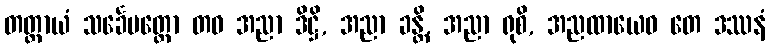
တတ္ထာယံ သင်္ခေပတ္ထော တဝ အညာ ဒိဋ္ဌိ, အညာ ခန္တိ, အညာ ရုစိ, အညထာယေဝ တေ ဒဿနံ